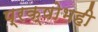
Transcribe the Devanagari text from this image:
प्रक्षोभही